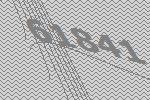
61841